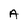
Character: A